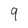
Character: 9